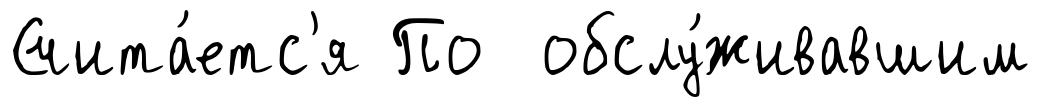
Счита́етс'я По обслу́живавшим